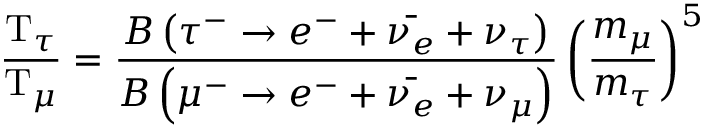
{ \frac { \mathrm { T } _ { \tau } } { \mathrm { T } _ { \mu } } } = { \frac { B \left( \tau ^ { - } \rightarrow e ^ { - } + { \bar { \nu _ { e } } } + \nu _ { \tau } \right) } { B \left( \mu ^ { - } \rightarrow e ^ { - } + { \bar { \nu _ { e } } } + \nu _ { \mu } \right) } } \left( { \frac { m _ { \mu } } { m _ { \tau } } } \right) ^ { 5 }